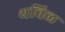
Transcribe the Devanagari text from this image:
थविल